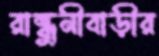
রান্ধুনীবাড়ীর